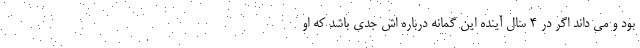
بود و می داند اگر در 4 سال آینده این گمانه درباره اش جدی باشد که او